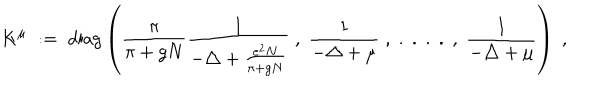
LaTeX: K ^ { \mu } \; : = \; \mathrm { d i a g } \left( \frac { \pi } { \pi + g N } \frac { 1 } { - \triangle + \frac { e ^ { 2 } N } { \pi + g N } } \; , \; \frac { 1 } { - \triangle + \mu } \; , \; . \; . \; . \; . \; , \; \frac { 1 } { - \triangle + \mu } \right) \; ,